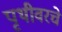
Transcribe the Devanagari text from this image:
पृथीवरचे